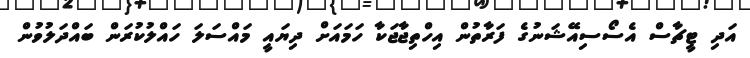
އަދި ޓީޗާސް އެސޯސިއޭޝަނުގެ ފަރާތުން އިހްތިޖާޖަކާ ހަމައަށް ދިޔައީ މައްސަލަ ހައްލުކުރަން ބައްދަލުވުން